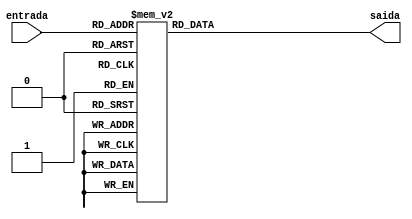
module Display (entrada, saida);
	
	input [3:0] entrada;
	output reg [6:0] saida;
	
	always@(*)
	begin
		case (entrada [3:0])
			4'd0: saida = 7'b0000001;
			4'd1: saida = 7'b1001111;
			4'd2: saida = 7'b0010010;
			4'd3: saida = 7'b0000110;
			4'd4: saida = 7'b1001100;
			4'd5: saida = 7'b0100100;
			4'd6: saida = 7'b0100000;
			4'd7: saida = 7'b0001111;
			4'd8: saida = 7'b0000000;
			4'd9: saida = 7'b0000100;
			default: saida = 7'b1111111;
		endcase
	end
		
endmodule